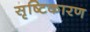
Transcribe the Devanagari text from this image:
सृष्टिकारण